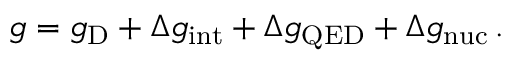
\begin{array} { r } { g = g _ { \mathrm { D } } + \Delta g _ { \mathrm { i n t } } + \Delta g _ { \mathrm { Q E D } } + \Delta g _ { \mathrm { n u c } } \, . } \end{array}